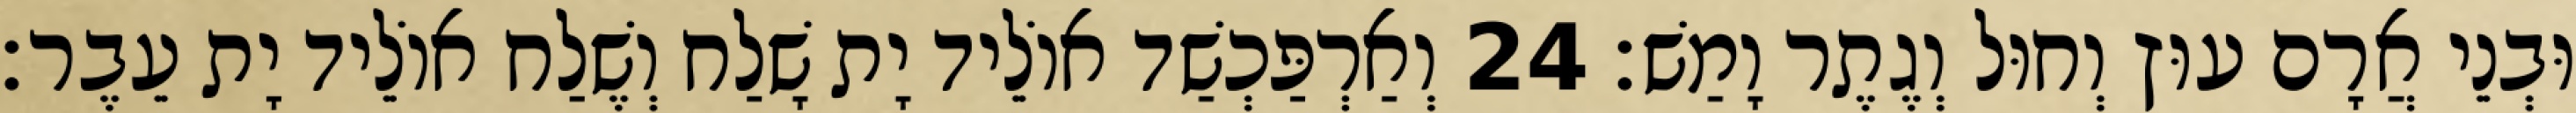
וּבְנֵי אֲרָם עוּץ וְחוּל וְגֶתֶר וָמַשׁ׃ 24 וְאַרְפַּכְשַׁד אוֹלֵיד יָת שָׁלַח וְשֶׁלַח אוֹלֵיד יָת עֵבֶר׃